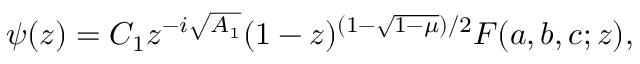
\psi ( z ) = C _ { 1 } z ^ { - i \sqrt { A _ { 1 } } } ( 1 - z ) ^ { ( 1 - \sqrt { 1 - \mu } ) / 2 } F ( a , b , c ; z ) ,